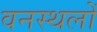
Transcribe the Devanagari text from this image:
वनस्थलों